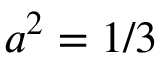
a ^ { 2 } = 1 / 3